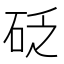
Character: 砭